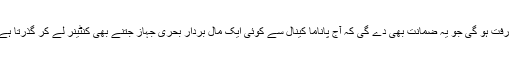
اب تک کبھی نہ دیکھی جانے والی یہ ایک ایسی پیش رفت ہو گی جو یہ ضمانت بھی دے گی کہ آج پاناما کینال سے کوئی ایک مال بردار بحری جہاز جتنے بھی کنٹینر لے کر گذرتا ہے، مستقبل میں ان کی تعداد قریب تین گنا ہو جائے گی۔